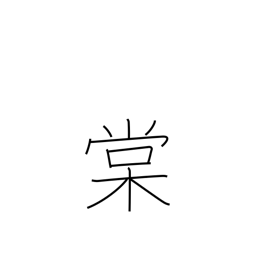
Meaning: wild pear tree